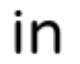
in